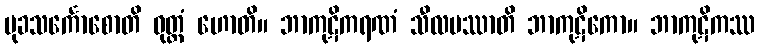
မုခသင်္ကောစောတိ ဝုတ္တံ ဟောတိ။ ဘာကုဋိကရဏံ သီလမဿာတိ ဘာကုဋိကော။ ဘာကုဋိကဿ